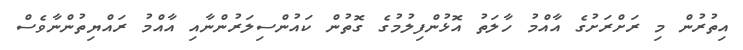
އިތުރުން މި ރަށްރަށުގެ އާއްމު ހާލަތު އޮޅުންފިލުމުގެ ގޮތުން ކައުންސިލަރުންނާއި އާއްމު ރައްޔިތުންނާވެސް